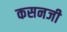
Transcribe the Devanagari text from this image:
कसनजी